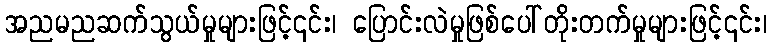
အညမညဆက်သွယ်မှုများဖြင့်၎င်း၊ ပြောင်းလဲမှုဖြစ်ပေါ်တိုးတက်မှုများဖြင့်၎င်း၊